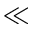
\ll